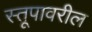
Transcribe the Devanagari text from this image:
स्तूपावरील